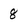
Character: 8